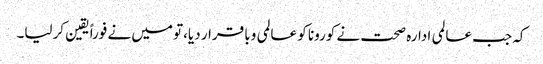
کہ جب عالمی ادارہ صحت نے کورونا کو عالمی وبا قرار دیا،تو میں نے فوراً یقین کرلیا۔